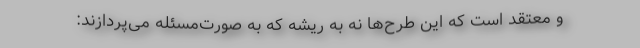
و معتقد است که این طرح‌ها نه به ریشه که به صورت‌مسئله می‌پردازند: